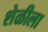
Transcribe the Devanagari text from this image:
शेळीला